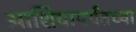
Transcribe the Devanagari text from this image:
आशियापर्यंतच्या